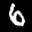
Label: 6